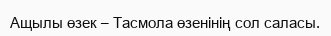
Ащылы өзек – Тасмола өзенінің сол саласы.